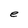
Character: e